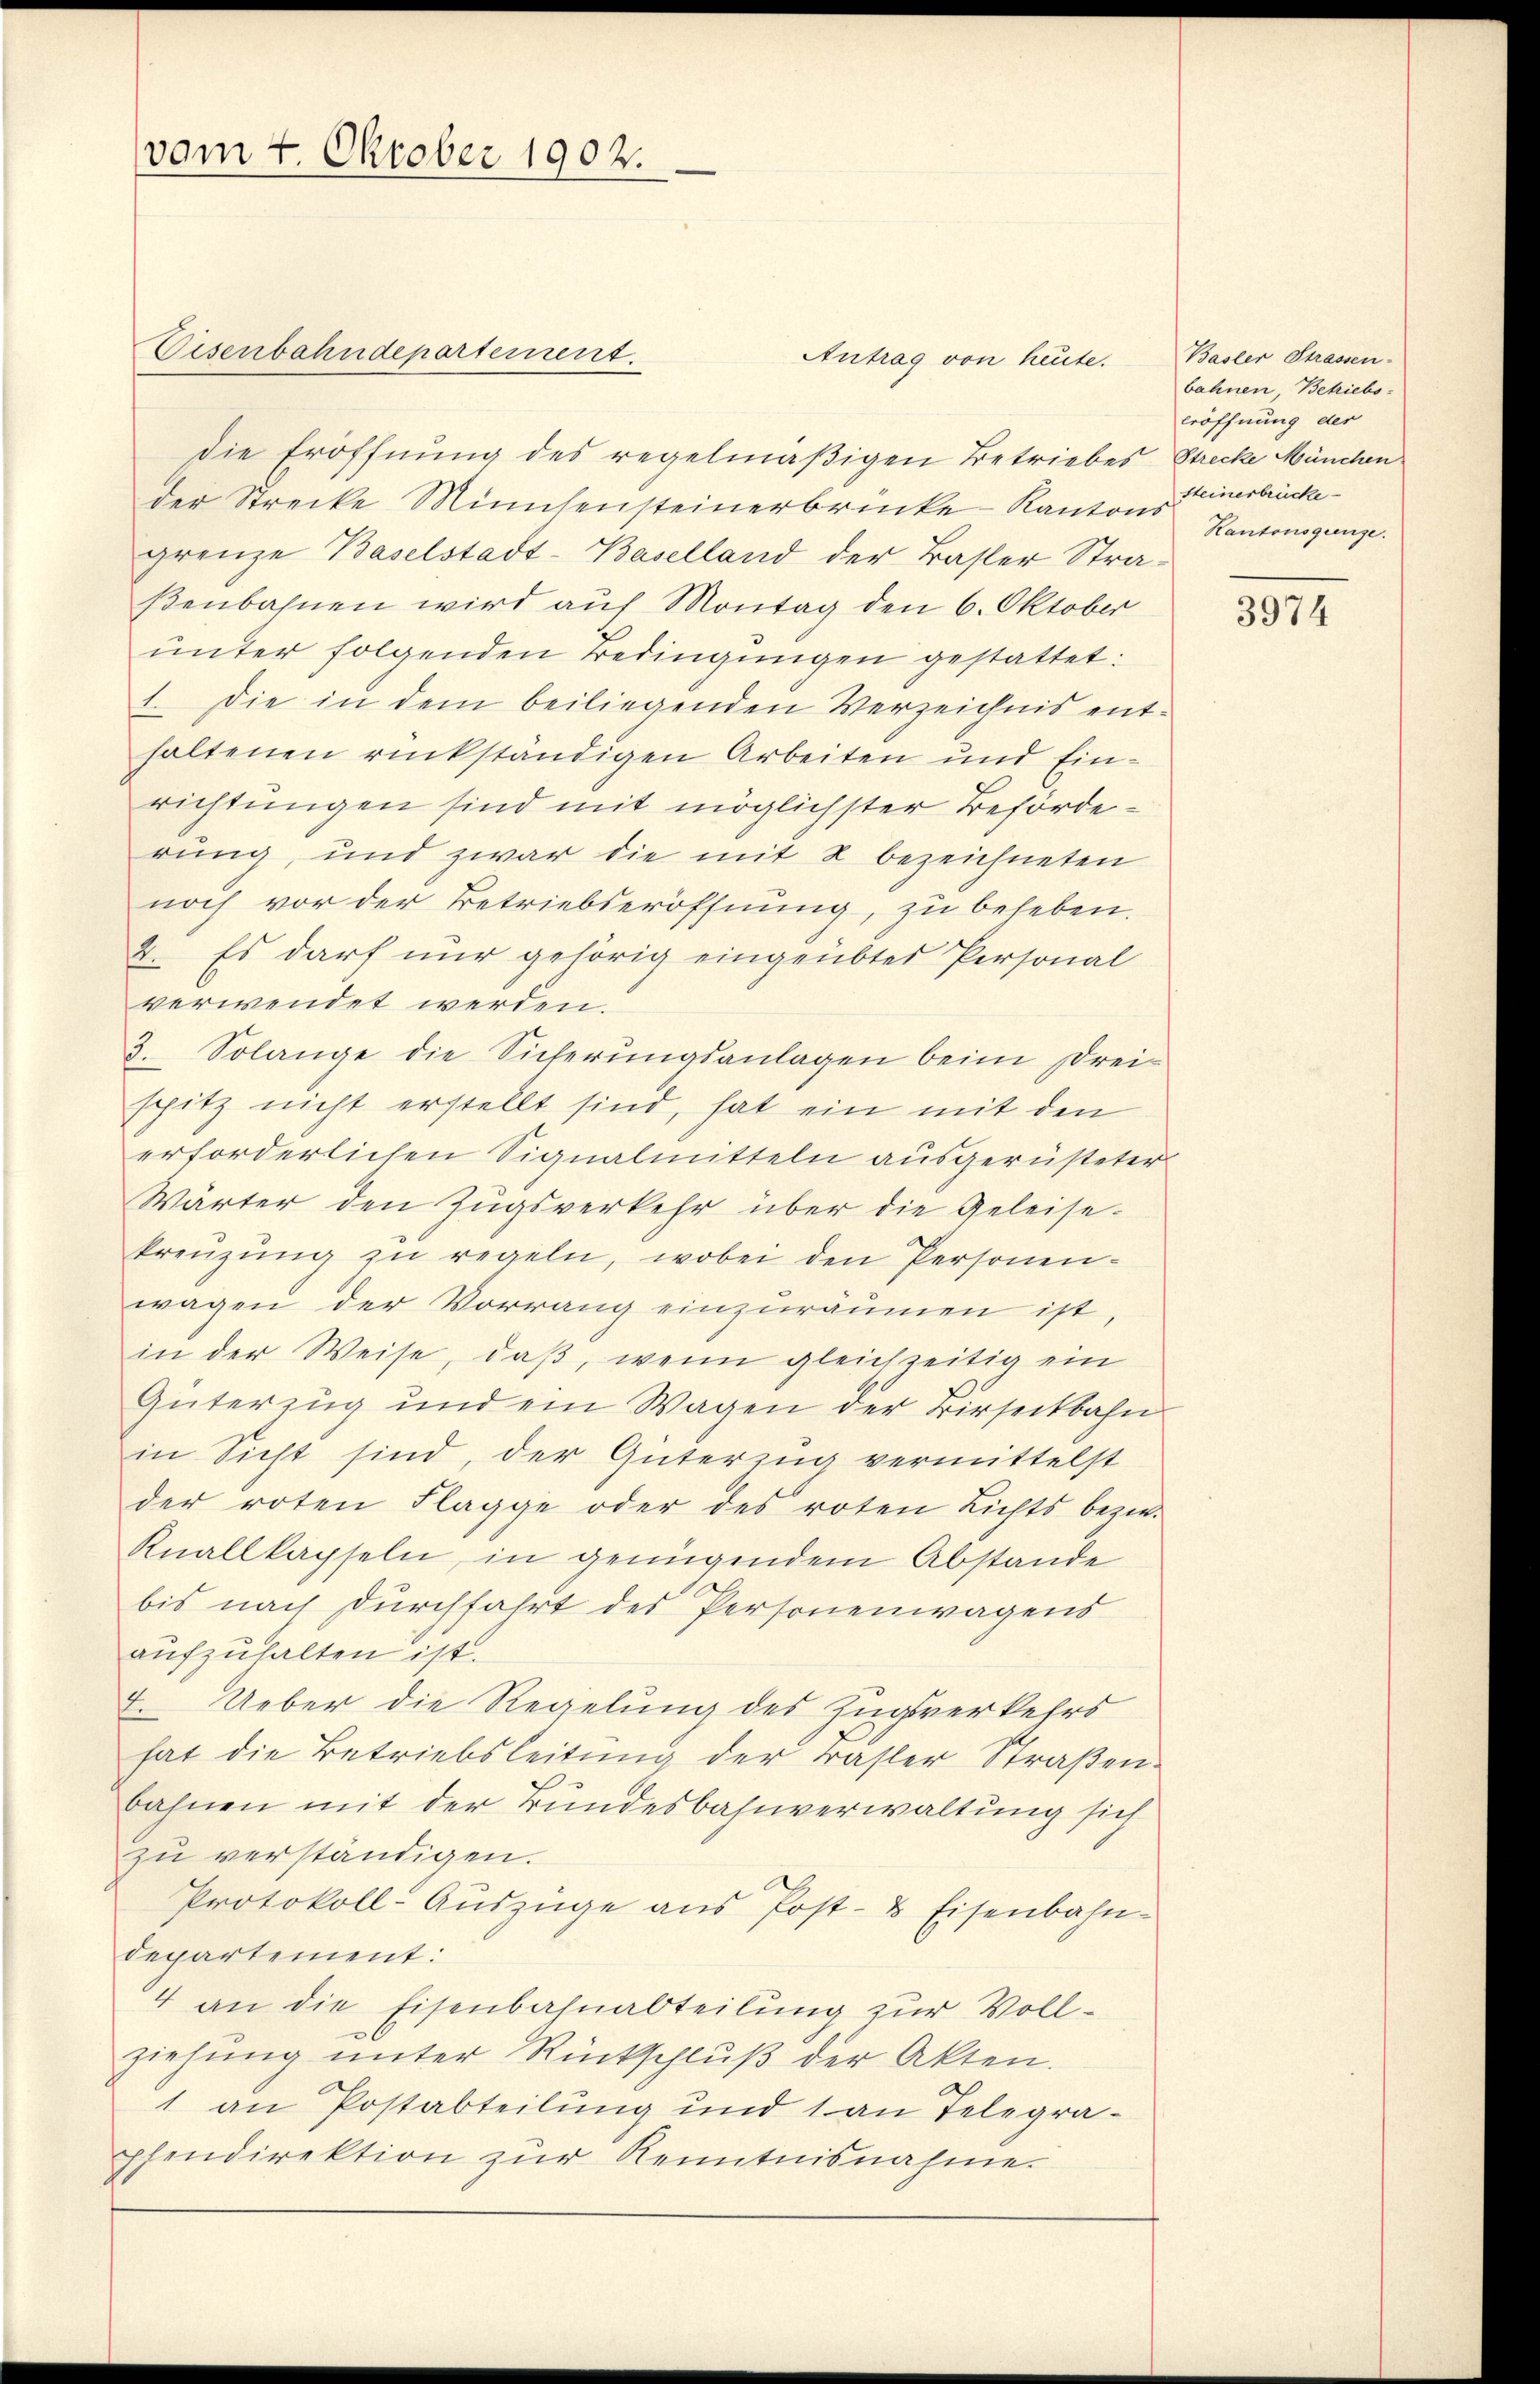
vom 7. Oktober 1902.

Eisenbahndepartement.

die Eröffnung des regelmäßigen Betriebes Strecke München
der Strecke Minutensteinerbrücke Kantons Zierbrücke
grenze Baselstadt-Baselland der Basler Straßenbahnen wird auf Montag den 6. Oktober
ŭnter folgenden Bedingŭngen gestattet:
1. Die in dem beiliegenden Verzeichnis ent-
haltenen rückständigen Arbeiten und Einrichtungen sind mit möglichster Beförderung, und zwar die mit 2 bezeichneten
noch vor der Betriebseröffnung, zu beheben.
2. Es darf nur gehörig eingeübter Personal
verwendet werden.
3. Solange die Sicherungsanlagen beim Drei-
spitz nicht erstellt sind, hat ein mit den
erforderlichen Signalmitteln ausgerüsteter
Wärter den Zugsverkehr über die Geleise-
kreuzung zu regeln, wobei den Personen-
wagen der Vorrang einzuräumen ist,
in der Weise, daß, wenn gleichzeitig ein
Güterzŭg und ein Wagen der Birseckbahn
in Sicht sind, der Güterzug vermittelst
der roten Flagge oder des roten Lichts bezw.
Knallkapseln, in genügendem Abstande
bis nach Durchfahrt des Personenwagens
aufzuhalten ist.
2. Ueber die Regelung des Zugsverkehrs
hat die Betriebsleitung der Basler Straßen
bahnen mit der Bundesbahnverwaltung sich
zu verständigen.
Protokoll-Auszüge aus Post- & Eisenbahn-
departement:
4 an die Eisenbahnabteilung zur Vollziehung unter Rückschlŭβ der Akten.
1 an Postabteilung und 1 an Telegraphendirektion zur Kenntnisnahme.

Antrag von heute.

Basler Strassen-
bahnen, Betriebs-
Eröffnung der
Kantonsgrenze.

3974